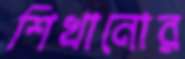
শিখানোর